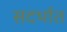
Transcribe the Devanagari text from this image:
सदर्भात